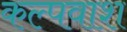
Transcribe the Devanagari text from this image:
कल्पवाश